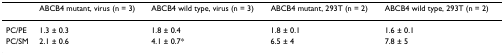
|  | ABCB4 mutant, virus (n = 3) | ABCB4 wild type, virus (n = 3) | ABCB4 mutant, 293T (n = 2) | ABCB4 wild type, 293T (n = 2) |
 | --- | --- | --- | --- | --- |
 | PC/PE | 1.3 ± 0.3 | 1.8 ± 0.4 | 1.8 ± 0.1 | 1.6 ± 0.1 |
 | PC/SM | 2.1 ± 0.6 | 4.1 ± 0.7* | 6.5 ± 4 | 7.8 ± 5 |